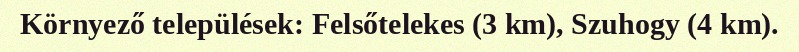
Környező települések: Felsőtelekes (3 km), Szuhogy (4 km).